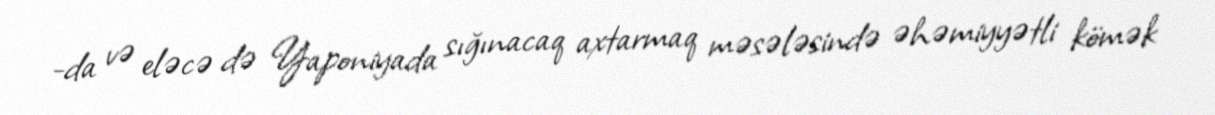
-da və eləcə də Yaponiyada sığınacaq axtarmaq məsələsində əhəmiyyətli kömək